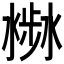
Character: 𣻣